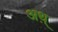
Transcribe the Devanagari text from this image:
अथ़्